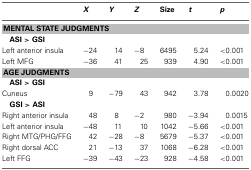
<table><thead><tr><td></td><td><b><i>X</i></b></td><td><b><i>Y</i></b></td><td><b><i>Z</i></b></td><td><b>Size</b></td><td><b><i>t</i></b></td><td><b><i>p</i></b></td></tr></thead><tbody><tr><td colspan="7"><b>MENTAL STATE JUDGMENTS</b></td></tr><tr><td><b>ASI &gt; GSI</b></td><td colspan="6"></td></tr><tr><td>Left anterior insula</td><td>−24</td><td>14</td><td>−8</td><td>6495</td><td>5.24</td><td>&lt;0.001</td></tr><tr><td>Left MFG</td><td>−36</td><td>41</td><td>25</td><td>939</td><td>4.90</td><td>&lt;0.001</td></tr><tr><td colspan="7"><b>AGE JUDGMENTS</b></td></tr><tr><td><b>ASI &gt; GSI</b></td><td colspan="6"></td></tr><tr><td>Cuneus</td><td>9</td><td>−79</td><td>43</td><td>942</td><td>3.78</td><td>0.0020</td></tr><tr><td><b>GSI &gt; ASI</b></td><td colspan="6"></td></tr><tr><td>Right anterior insula</td><td>48</td><td>8</td><td>−2</td><td>980</td><td>−3.94</td><td>0.0015</td></tr><tr><td>Left anterior insula</td><td>−48</td><td>11</td><td>10</td><td>1042</td><td>−5.66</td><td>&lt;0.001</td></tr><tr><td>Right MTG/PHG/FFG</td><td>42</td><td>−28</td><td>−8</td><td>5679</td><td>−5.37</td><td>&lt;0.001</td></tr><tr><td>Right dorsal ACC</td><td>21</td><td>−13</td><td>37</td><td>1068</td><td>−6.28</td><td>&lt;0.001</td></tr><tr><td>Left FFG</td><td>−39</td><td>−43</td><td>−23</td><td>928</td><td>−4.58</td><td>&lt;0.001</td></tr></tbody></table>